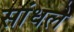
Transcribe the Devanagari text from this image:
सांधले